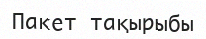
Пакет тақырыбы